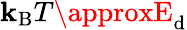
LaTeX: \mathbf{k}_{\mathrm{{B}}}T\approxE_{\mathrm{{d}}}